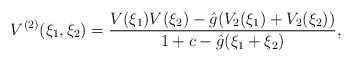
\begin{align*}V^{(2)}(\xi_1,\xi_2)=\frac{ V(\xi_1) V(\xi_2) -\hat{g} (V_2(\xi_1)+V_2(\xi_2))}{1+c-\hat{g}(\xi_1+\xi_2)},\end{align*}